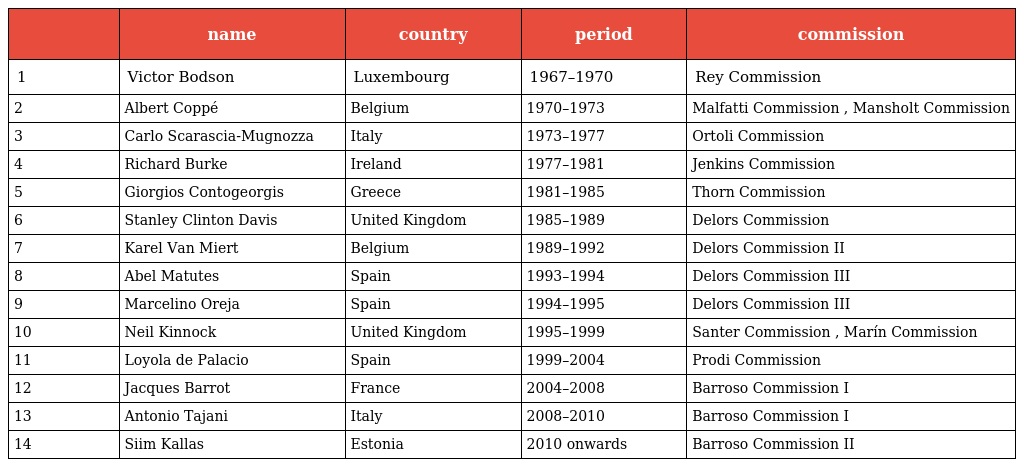
|  | name | country | period | commission |
 | --- | --- | --- | --- | --- |
 | 1 | Victor Bodson | Luxembourg | 1967–1970 | Rey Commission |
 | 2 | Albert Coppé | Belgium | 1970–1973 | Malfatti Commission , Mansholt Commission |
 | 3 | Carlo Scarascia-Mugnozza | Italy | 1973–1977 | Ortoli Commission |
 | 4 | Richard Burke | Ireland | 1977–1981 | Jenkins Commission |
 | 5 | Giorgios Contogeorgis | Greece | 1981–1985 | Thorn Commission |
 | 6 | Stanley Clinton Davis | United Kingdom | 1985–1989 | Delors Commission |
 | 7 | Karel Van Miert | Belgium | 1989–1992 | Delors Commission II |
 | 8 | Abel Matutes | Spain | 1993–1994 | Delors Commission III |
 | 9 | Marcelino Oreja | Spain | 1994–1995 | Delors Commission III |
 | 10 | Neil Kinnock | United Kingdom | 1995–1999 | Santer Commission , Marín Commission |
 | 11 | Loyola de Palacio | Spain | 1999–2004 | Prodi Commission |
 | 12 | Jacques Barrot | France | 2004–2008 | Barroso Commission I |
 | 13 | Antonio Tajani | Italy | 2008–2010 | Barroso Commission I |
 | 14 | Siim Kallas | Estonia | 2010 onwards | Barroso Commission II |